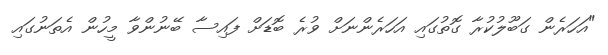
"އަހަރެން ގަބޫލުކުރާ ގޮތުގައި އަހަރެންނަށް ވުރެ ބޮޑަށް ފައިސާ ބޭނުންވާ މީހުން އެތަނުގައި